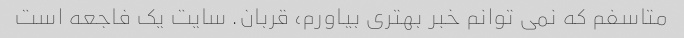
متاسفم که نمی توانم خبر بهتری بیاورم، قربان. سایت یک فاجعه است